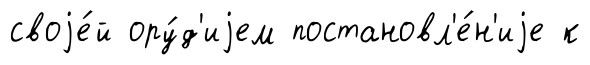
своjе́й ору́д'иjем постановл'е́н'иjе к